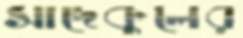
সাদেকুলের